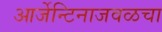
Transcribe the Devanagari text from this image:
आर्जेन्टिनाजवळचा